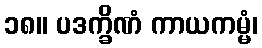
၁၈။ ပဒက္ခိဏံ ကာယကမ္မံ၊